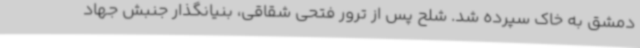
دمشق به خاک سپرده شد. شلح پس از ترور فتحی شقاقی، بنیانگذار جنبش جهاد